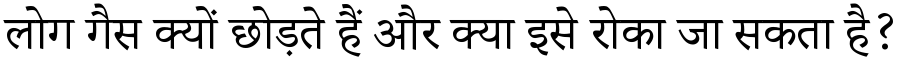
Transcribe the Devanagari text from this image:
लोग गैस क्यों छोड़ते हैं और क्या इसे रोका जा सकता है?